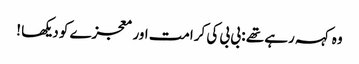
وہ کہہ رہے تھے : بی بی کی کرامت اور معجزے کو دیکھا !